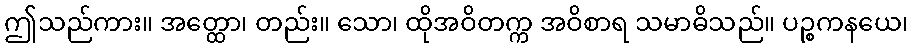
ဤသည်ကား။ အတ္ထော၊ တည်း။ သော၊ ထိုအဝိတက္က အဝိစာရ သမာဓိသည်။ ပဉ္စကနယေ၊